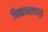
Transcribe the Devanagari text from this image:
चिक्काबल्लापुर